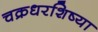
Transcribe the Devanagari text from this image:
चक्रधरशिष्या